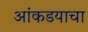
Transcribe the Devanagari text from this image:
आंकडयाचा